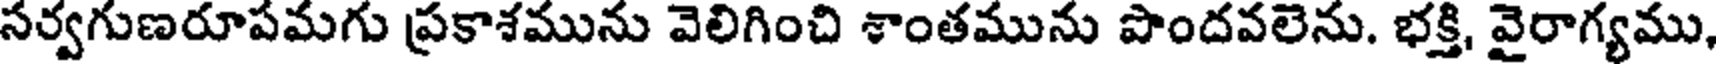
సర్వగుణరూపమగు ప్రకాశమును వెలిగించి శాంతమును పొందవలెను. భక్తి, వైరాగ్యము,